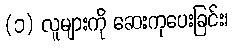
(၁) လူများကို ဆေးကုပေးခြင်း၊